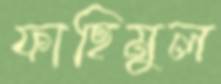
ফাহিমুল